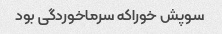
سوپش خوراکه سرماخوردگی بود